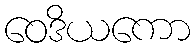
ဝေဒိယကော